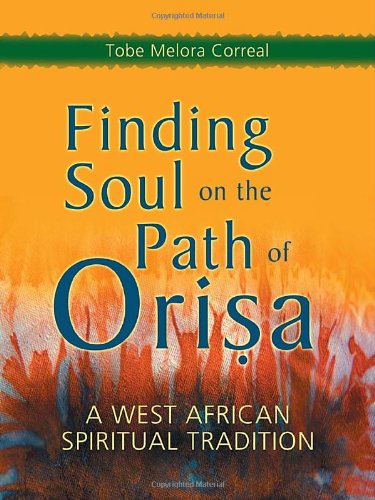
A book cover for Finding Soul on the Path of Orisa: A West African Spiritual Tradition; Tobe Melora Correal; Literature & Fiction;